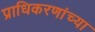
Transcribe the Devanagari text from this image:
प्राधिकरणांच्या